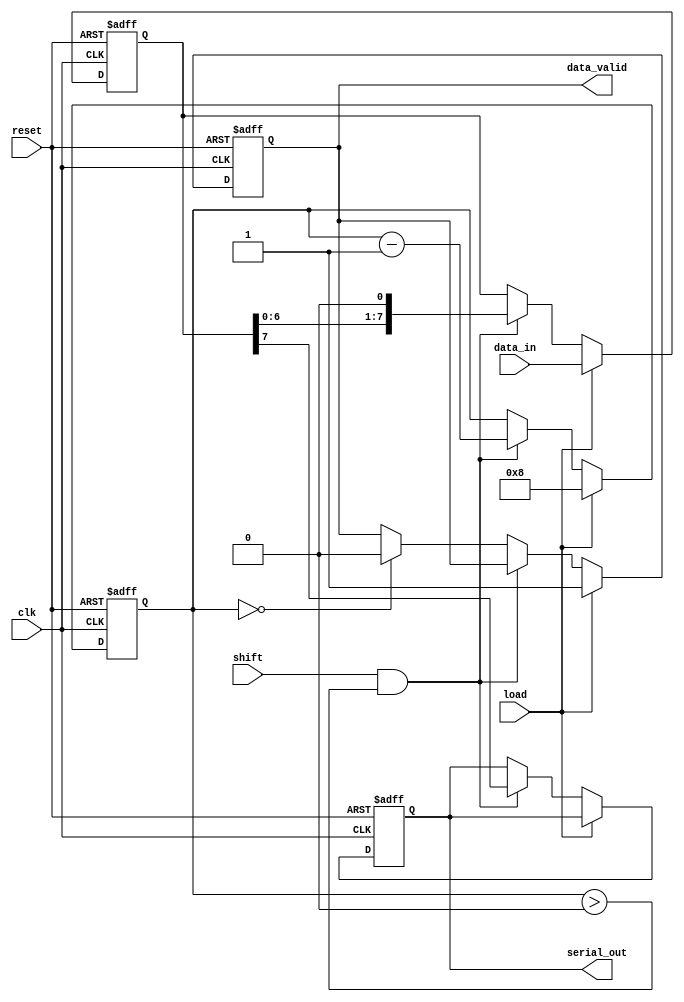
module PISO_Register #(
    parameter N = 8 // Number of parallel data inputs
)(
    input wire [N-1:0] data_in,  // Parallel data inputs
    input wire load,              // Load control signal
    input wire shift,             // Shift control signal
    input wire clk,               // Clock signal
    input wire reset,             // Reset signal
    output reg serial_out,        // Serial data output
    output reg data_valid         // Output valid signal (optional)
);

    // Internal shift register
    reg [N-1:0] shift_reg; // Shift register to hold the data

    // State to track the shifting process
    reg [3:0] bit_count; // To count the number of bits shifted out

    // Reset and Load/Shift logic
    always @(posedge clk or posedge reset) begin
        if (reset) begin
            shift_reg <= 0;
            serial_out <= 0;
            bit_count <= 0;
            data_valid <= 0;
        end else begin
            if (load) begin
                // Load data into the shift register
                shift_reg <= data_in;
                bit_count <= N; // Set bit count to N when loading
                data_valid <= 1; // Set data valid when data is loaded
            end else if (shift && (bit_count > 0)) begin
                // Shift data out serially
                serial_out <= shift_reg[N-1]; // Output the MSB
                shift_reg <= {shift_reg[N-2:0], 1'b0}; // Shift left
                bit_count <= bit_count - 1; // Decrease bit count
            end else if (bit_count == 0) begin
                // Reset data valid when all bits are shifted out
                data_valid <= 0;
            end
        end
    end

endmodule